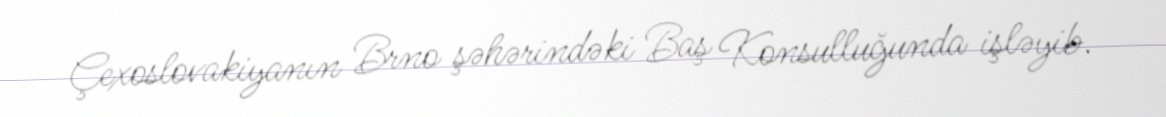
Çexoslovakiyanın Brno şəhərindəki Baş Konsulluğunda işləyib.